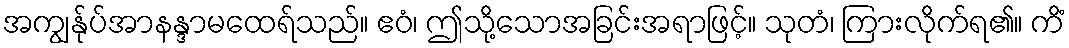
အကျွန်ုပ်အာနန္ဒာမထေရ်သည်။ ဧဝံ၊ ဤသို့သောအခြင်းအရာဖြင့်။ သုတံ၊ ကြားလိုက်ရ၏။ ကိံ